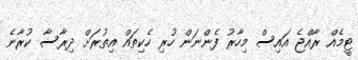
ޓީމެއް ރާއްޖެ އައިސް މިހާރު ފެންނަން ހުރި ހެކިތައް އިތުރަށް ދިރާސާ ކުރާނެ